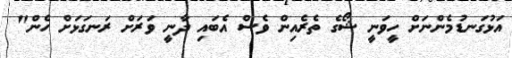
އަޅުގަނޑުމެންނަށް ހީވަނީ ޝޯގެ ތެރެއިން ވެސް އެބައި ދާނީ ވަރަށް ރަނގަޅަށް ހެން"